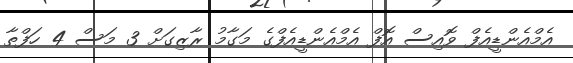
އެމްއެންޑީއެފް ވޮއިސް އޮފް އެމްއެންޑީއެފްގެ މަގާމު ރާޒިގަށް 3 މަސް 4 ހަފްތާ